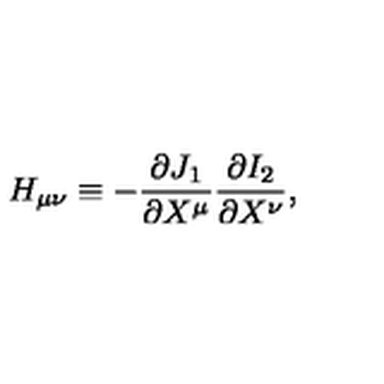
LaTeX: H _ { \mu \nu } \equiv - \frac { \partial J _ { 1 } } { \partial X ^ { \mu } } \frac { \partial I _ { 2 } } { \partial X ^ { \nu } } ,